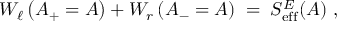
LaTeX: W _ { \ell } \left( A _ { + } = A \right) + W _ { r } \left( A _ { - } = A \right) \; = \; S _ { \mathrm { e f f } } ^ { E } ( A ) ~ ,